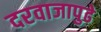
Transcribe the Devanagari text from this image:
दरवाजापुढे